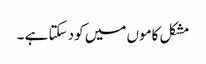
مشکل کاموں میں کود سکتا ہے ۔